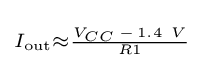
\scriptstyle I_{\text{out}}\approx {\frac {V_{CC}\,-\,1.4\ V}{R1}}